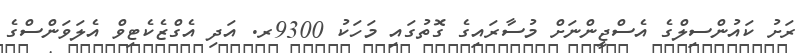
ރަށު ކައުންސިލްގެ އެސްޖީންނަށް މުސާރައިގެ ގޮތުގައި މަހަކު 9300ރ. އަދި އެގްޒެކެޓިވް އެލަވަންސްގެ